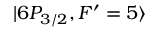
| 6 P _ { 3 / 2 } , F ^ { \prime } = 5 \rangle